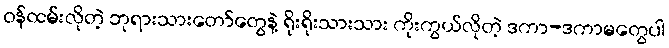
ဝန်ထမ်းလိုတဲ့ ဘုရားသားတော်တွေနဲ့ ရိုးရိုးသားသား ကိုးကွယ်လိုတဲ့ ဒကာ-ဒကာမတွေပါ